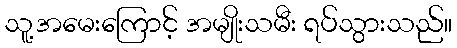
သူ့အမေးကြောင့် အမျိုးသမီး ရပ်သွားသည်။